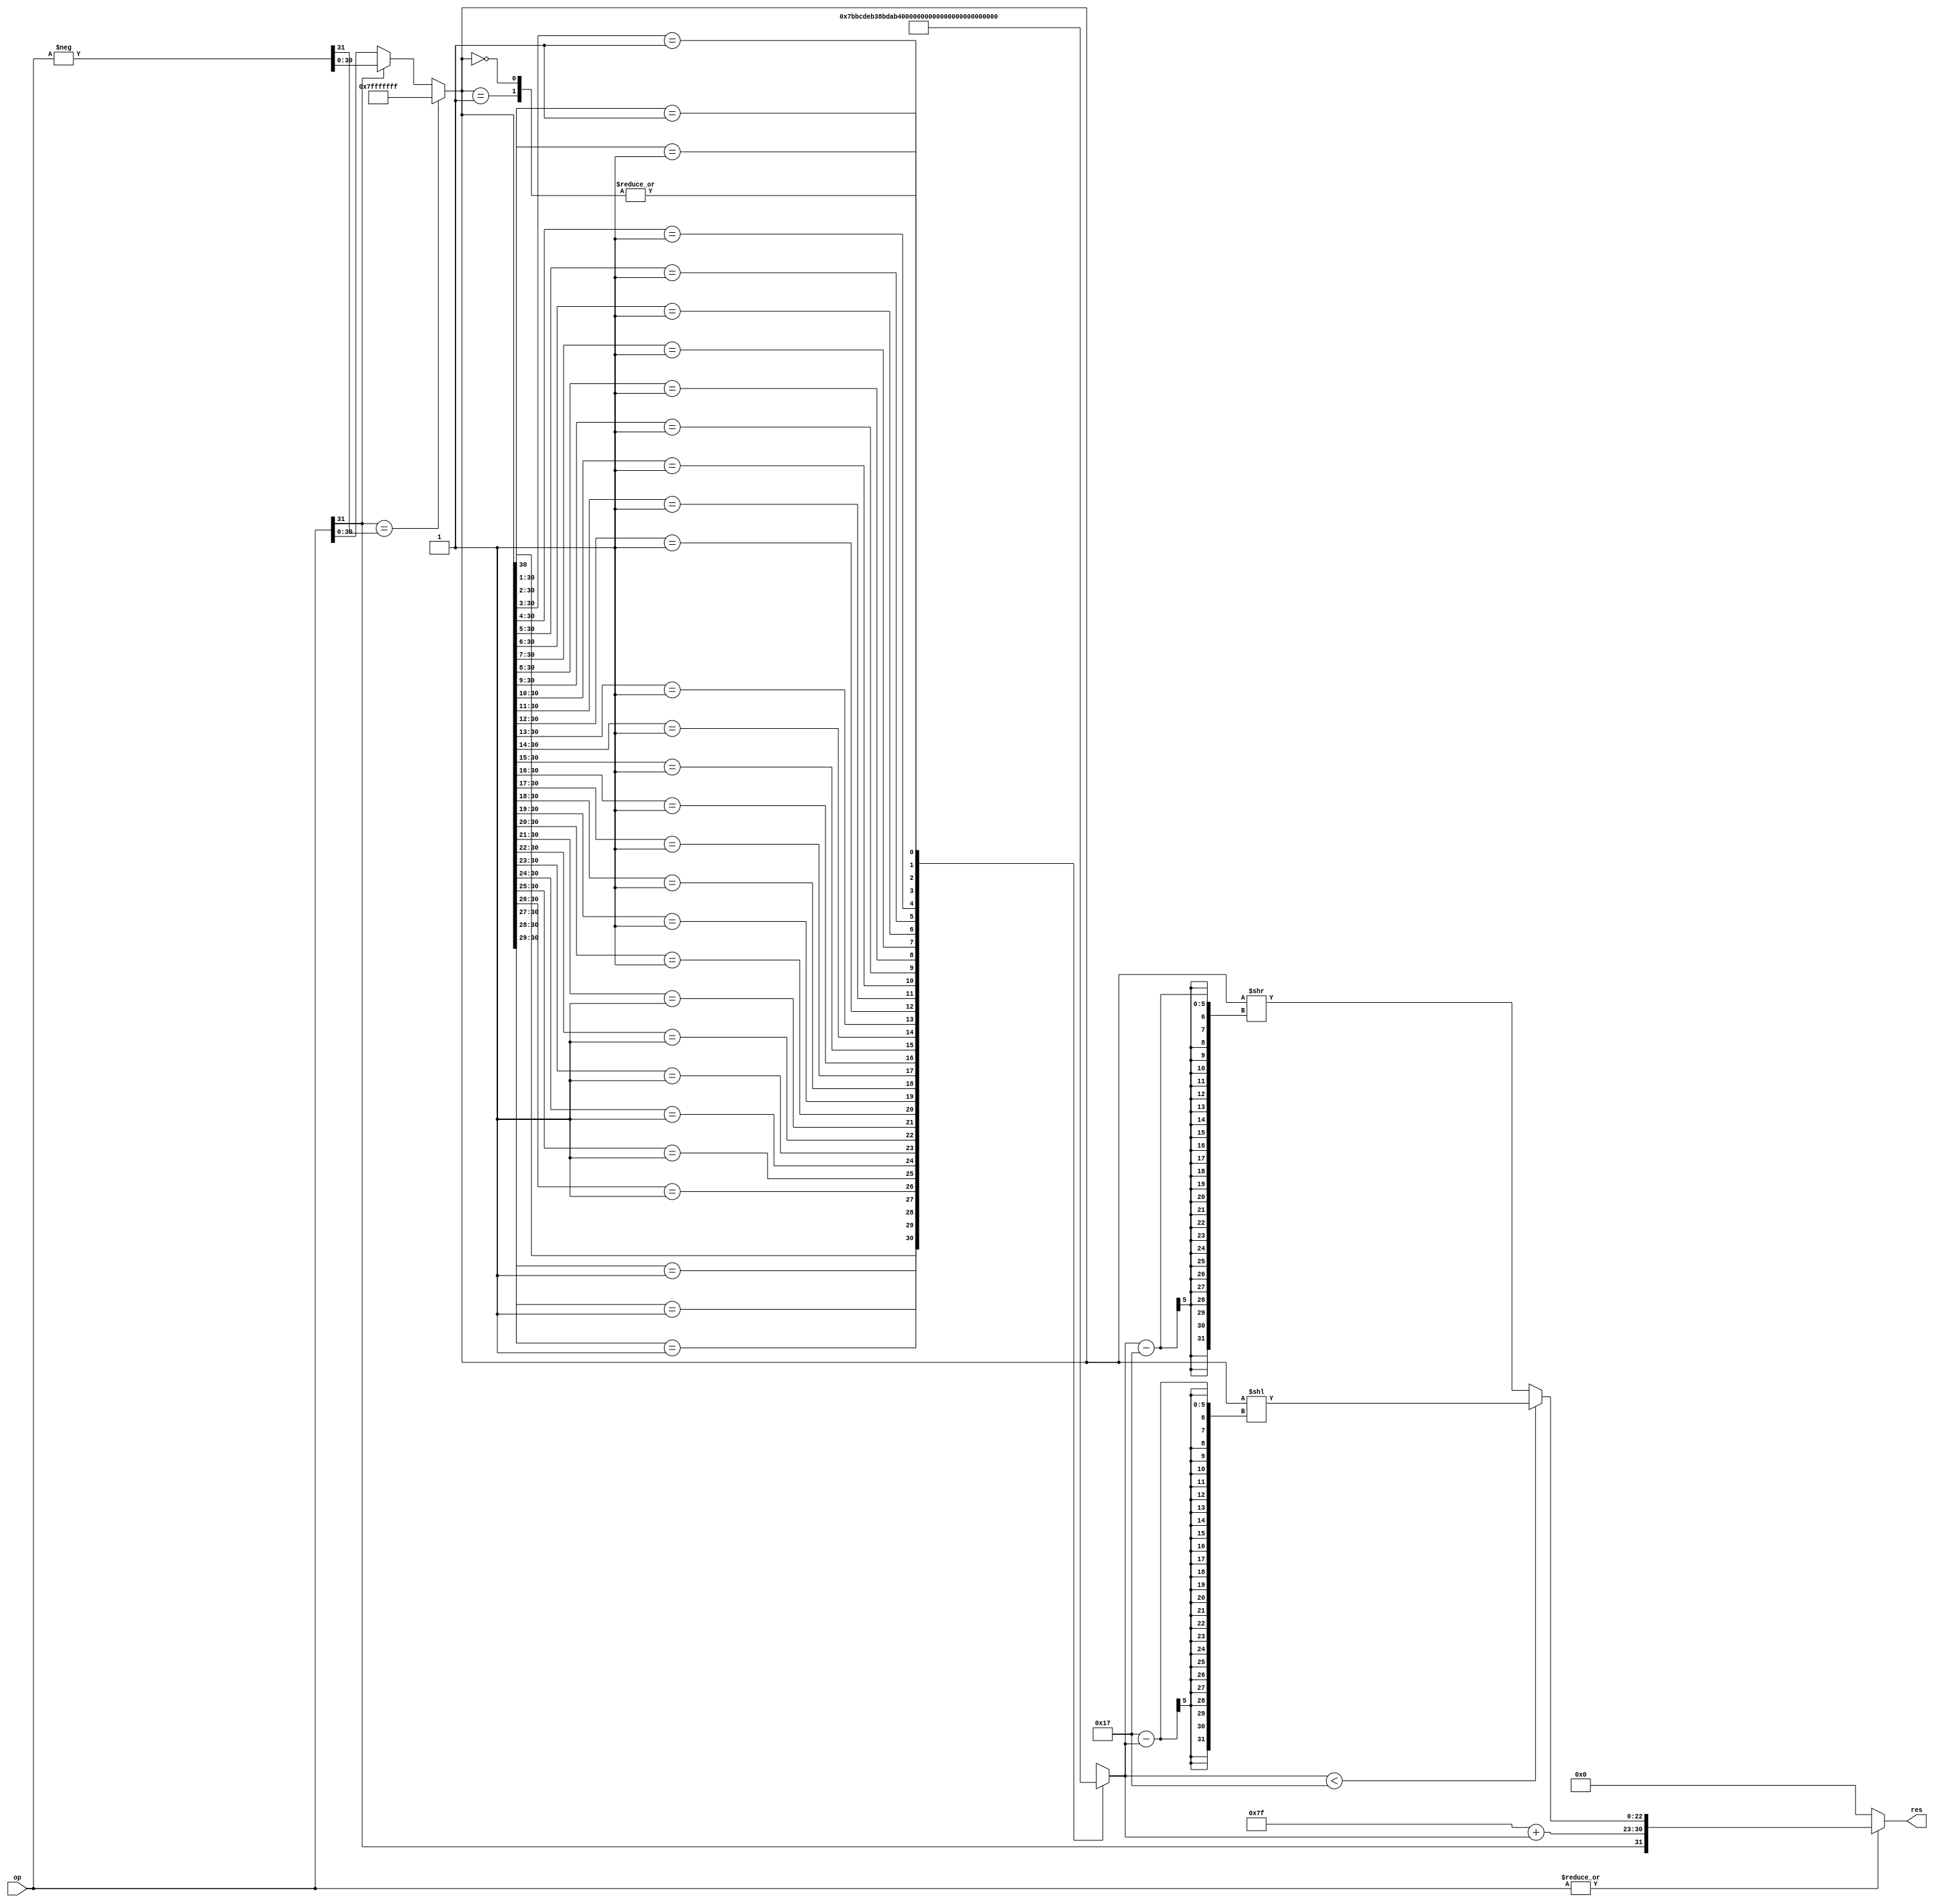
// This program was cloned from: https://github.com/bradgrantham/alice5
// License: Apache License 2.0


// Converts signed 32-bit int to 32-bit float.
module int_to_float(
    input wire [31:0] op,
    output wire [31:0] res);

// Make op positive.
wire sign = op[31];
wire [31:0] negative_op = -op;
wire [30:0] abs_op = sign == negative_op[31] ? 31'h7fffffff : sign ? negative_op[30:0] : op[30:0];

// Find the shift amount.
reg [4:0] shift;
always @(*) begin
    casez (abs_op)
        31'b1??????????????????????????????: shift = 5'd30;
        31'b01?????????????????????????????: shift = 5'd29;
        31'b001????????????????????????????: shift = 5'd28;
        31'b0001???????????????????????????: shift = 5'd27;
        31'b00001??????????????????????????: shift = 5'd26;
        31'b000001?????????????????????????: shift = 5'd25;
        31'b0000001????????????????????????: shift = 5'd24;
        31'b00000001???????????????????????: shift = 5'd23;
        31'b000000001??????????????????????: shift = 5'd22;
        31'b0000000001?????????????????????: shift = 5'd21;
        31'b00000000001????????????????????: shift = 5'd20;
        31'b000000000001???????????????????: shift = 5'd19;
        31'b0000000000001??????????????????: shift = 5'd18;
        31'b00000000000001?????????????????: shift = 5'd17;
        31'b000000000000001????????????????: shift = 5'd16;
        31'b0000000000000001???????????????: shift = 5'd15;
        31'b00000000000000001??????????????: shift = 5'd14;
        31'b000000000000000001?????????????: shift = 5'd13;
        31'b0000000000000000001????????????: shift = 5'd12;
        31'b00000000000000000001???????????: shift = 5'd11;
        31'b000000000000000000001??????????: shift = 5'd10;
        31'b0000000000000000000001?????????: shift = 5'd9;
        31'b00000000000000000000001????????: shift = 5'd8;
        31'b000000000000000000000001???????: shift = 5'd7;
        31'b0000000000000000000000001??????: shift = 5'd6;
        31'b00000000000000000000000001?????: shift = 5'd5;
        31'b000000000000000000000000001????: shift = 5'd4;
        31'b0000000000000000000000000001???: shift = 5'd3;
        31'b00000000000000000000000000001??: shift = 5'd2;
        31'b000000000000000000000000000001?: shift = 5'd1;
        31'b0000000000000000000000000000001: shift = 5'd0;
        31'b0000000000000000000000000000000: shift = 5'd0; // Doesn't matter, not used.
    endcase
end

wire is_zero = !(|op);
wire [7:0] exp_part = 8'd127 + {3'd0, shift};
wire [22:0] fract_part = shift < 23 ? abs_op << (23 - shift) : abs_op >> (shift - 23);
assign res = is_zero ? 32'h0 : { sign, exp_part, fract_part };

endmodule